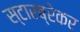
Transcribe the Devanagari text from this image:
स्टारब्रेकर